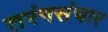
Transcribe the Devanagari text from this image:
तरंगसंचार